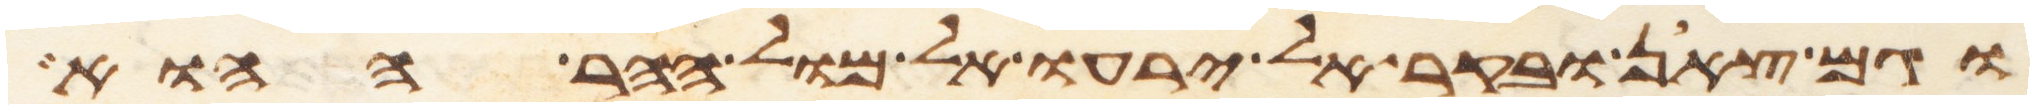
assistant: וגם צאן ובקר אל ירעו אל מול ההר ההוא